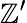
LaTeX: \mathbb{Z}^{\prime}